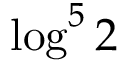
\log ^ { 5 } 2